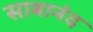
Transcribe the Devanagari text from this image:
साबानंद